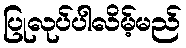
ပြုလုပ်ပါလိမ့်မည်